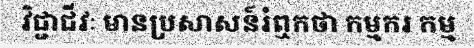
វិជ្ជាជីវៈ មានប្រសាសន៍រំឮកថា កម្មករ កម្ម